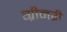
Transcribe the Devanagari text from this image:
ग्रीनरी